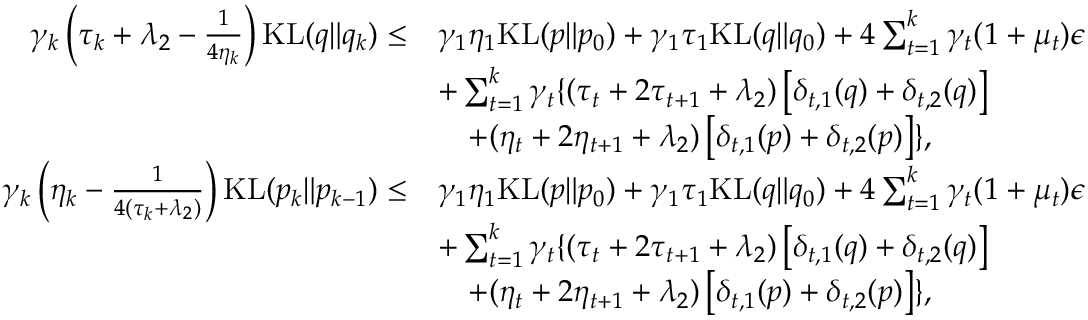
\begin{array} { r l } { \gamma _ { k } \left( \tau _ { k } + \lambda _ { 2 } - \frac { 1 } { 4 \eta _ { k } } \right) \mathrm { K L } ( q \| q _ { k } ) \leq } & { \gamma _ { 1 } \eta _ { 1 } \mathrm { K L } ( p \| p _ { 0 } ) + \gamma _ { 1 } \tau _ { 1 } \mathrm { K L } ( q \| q _ { 0 } ) + 4 \sum _ { t = 1 } ^ { k } \gamma _ { t } ( 1 + \mu _ { t } ) \epsilon } \\ & { + \sum _ { t = 1 } ^ { k } \gamma _ { t } \{ ( \tau _ { t } + 2 \tau _ { t + 1 } + \lambda _ { 2 } ) \left[ \delta _ { t , 1 } ( q ) + \delta _ { t , 2 } ( q ) \right] } \\ & { \, \, \, \, \, \, + ( \eta _ { t } + 2 \eta _ { t + 1 } + \lambda _ { 2 } ) \left[ \delta _ { t , 1 } ( p ) + \delta _ { t , 2 } ( p ) \right] \} , } \\ { \gamma _ { k } \left( \eta _ { k } - \frac { 1 } { 4 ( \tau _ { k } + \lambda _ { 2 } ) } \right) \mathrm { K L } ( p _ { k } \| p _ { k - 1 } ) \leq } & { \gamma _ { 1 } \eta _ { 1 } \mathrm { K L } ( p \| p _ { 0 } ) + \gamma _ { 1 } \tau _ { 1 } \mathrm { K L } ( q \| q _ { 0 } ) + 4 \sum _ { t = 1 } ^ { k } \gamma _ { t } ( 1 + \mu _ { t } ) \epsilon } \\ & { + \sum _ { t = 1 } ^ { k } \gamma _ { t } \{ ( \tau _ { t } + 2 \tau _ { t + 1 } + \lambda _ { 2 } ) \left[ \delta _ { t , 1 } ( q ) + \delta _ { t , 2 } ( q ) \right] } \\ & { \, \, \, \, \, \, + ( \eta _ { t } + 2 \eta _ { t + 1 } + \lambda _ { 2 } ) \left[ \delta _ { t , 1 } ( p ) + \delta _ { t , 2 } ( p ) \right] \} , } \end{array}